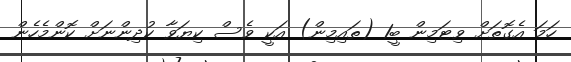
ހަމަ އެގޮތަށް ވިޓަމިން ބީ1 (ތައިމިން) އަކީ ވެސް ކިޔަވާ ކުދިންނަށް ކޮންމެހެން